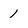
Character: 1